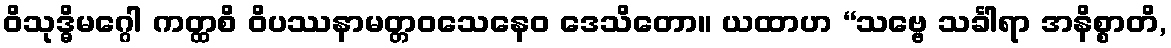
ဝိသုဒ္ဓိမဂ္ဂေါ ကတ္ထစိ ဝိပဿနာမတ္တဝသေနေဝ ဒေသိတော။ ယထာဟ “သဗ္ဗေ သင်္ခါရာ အနိစ္စာတိ,